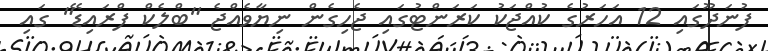
ފުނަދޫގައި 12 އަހަރުގެ ކުއްޖަކު ކަރަންޓުގައި ޖެހިގެން ނިޔާވެއްޖެ "ބްލެކް ފްރައިޑޭ" ގައި